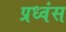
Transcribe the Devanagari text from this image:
प्रध्वंस